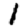
Digit: 1